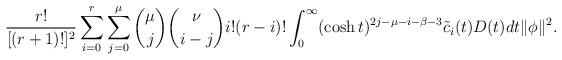
LaTeX: \begin{align*}\frac{r!}{[(r+1)!]^2}\sum^r_{i=0}\sum^\mu_{j=0} {\mu\choose j}{\nu\choose i-j}i!(r-i)!\int^\infty_0(\cosh t)^{2j-\mu-i-\beta-3}\tilde{c}_i(t)D(t)dt \|\phi\|^2.\end{align*}